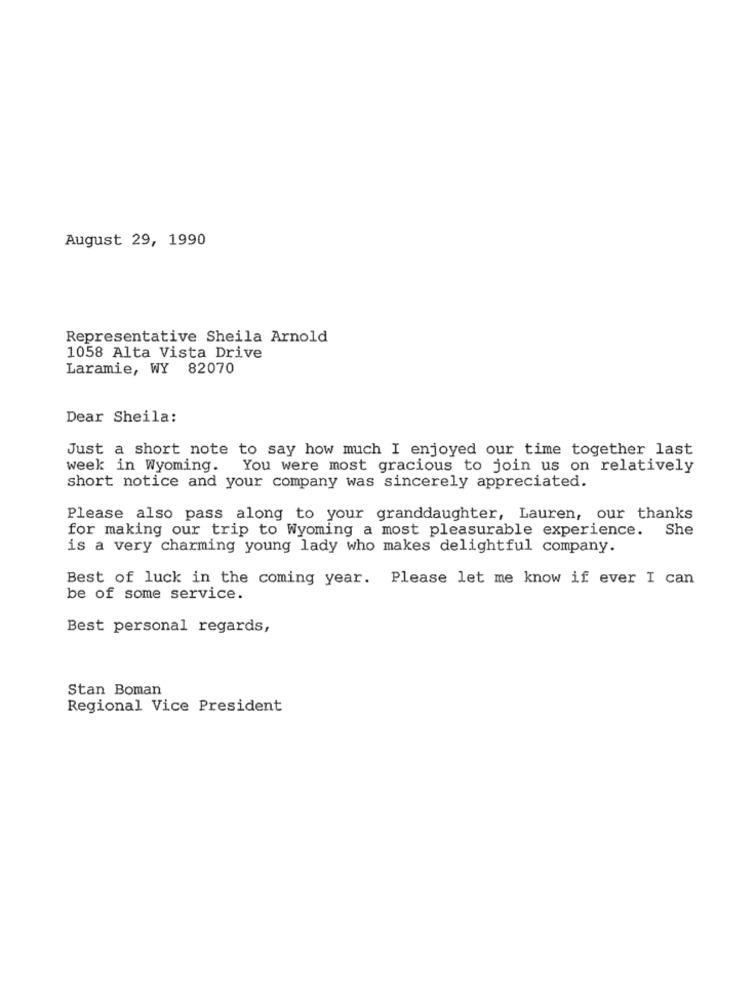
August 29, 1990
Representative Sheila Arnold
1058 Alta Vista Drive
Laramie, WY 82070
Dear Sheila:
Just a short note to say how much I enjoyed our time together last
week in Wyoming. You were most gracious to join us on relatively
short notice and your company was sincerely appreciated.
Please also pass along to your granddaughter, Lauren, our thanks
for making our trip to Wyoming a most pleasurable experience.
She
is a very charming young lady who makes delightful company.
Best of luck in the coming year. Please let me know if ever I can
be of some service.
Best personal regards,
Stan Boman
Regional Vice President